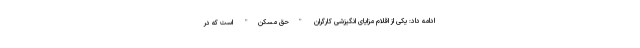
ادامه داد: یکی از اقلام مزایای انگیزشی کارگران "حق مسکن" است که در